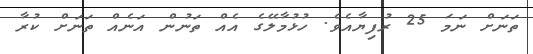
ތަނަށް ނަމަ 25 ރުފިޔާއެވެ. ހުޅުމާލޭގެ އެއް ތަނުން އަނެއް ތަނަށް ކުރާ